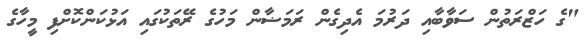
"ގެ ހަޒްރަތުން ސަވާބާއި ދަރުމަ އެދިގެން ރަމަޟާން މަހުގެ ރޭތަކުގައި އަޅުކަންކޮށްފި މީހާގެ